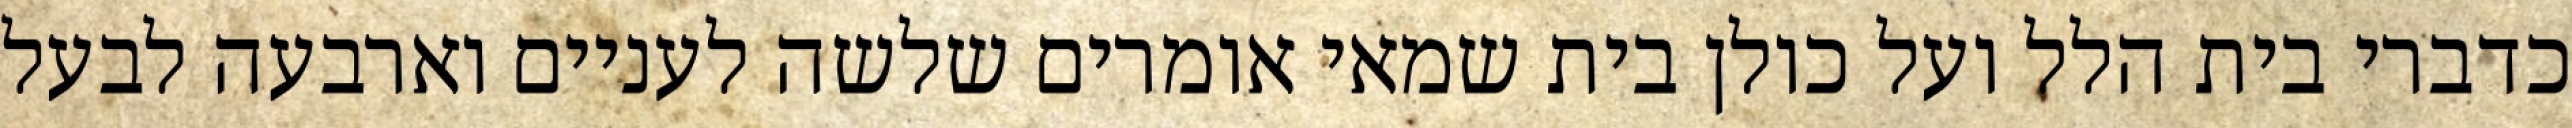
כדברי בית הלל ועל כולן בית שמאי אומרים שלשה לעניים וארבעה לבעל